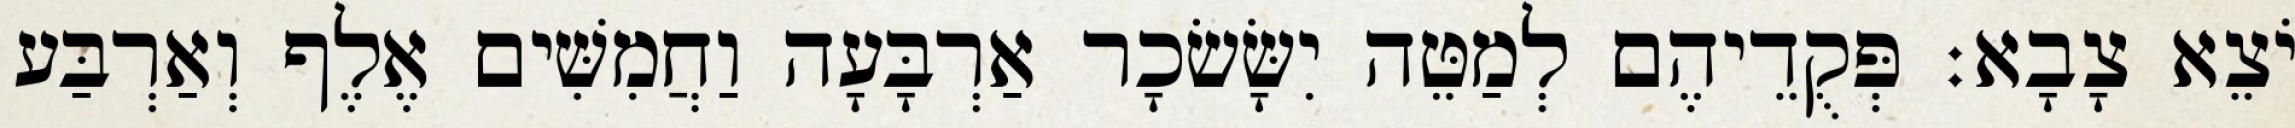
יֹצֵא צָבָא׃ פְּקֻדֵיהֶם לְמַטֵּה יִשָּׂשׂכָר אַרְבָּעָה וַחֲמִשִּׁים אֶלֶף וְאַרְבַּע